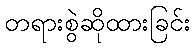
တရားစွဲဆိုထားခြင်း